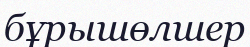
бұрышөлшер